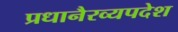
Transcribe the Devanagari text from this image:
प्रधानैरव्यपदेश